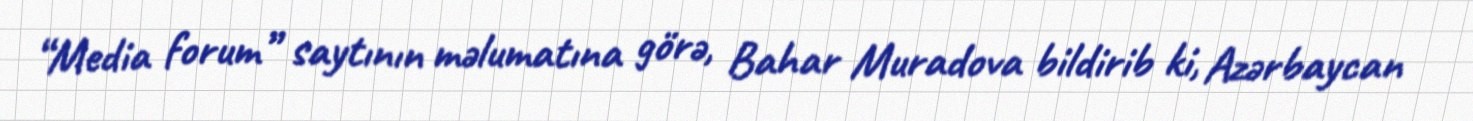
“Media forum” saytının məlumatına görə, Bahar Muradova bildirib ki, Azərbaycan